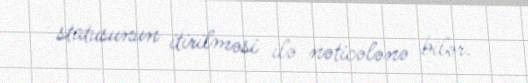
statusunun itirilməsi ilə nəticələnə bilər.